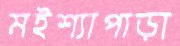
মইশ্যাপাড়া